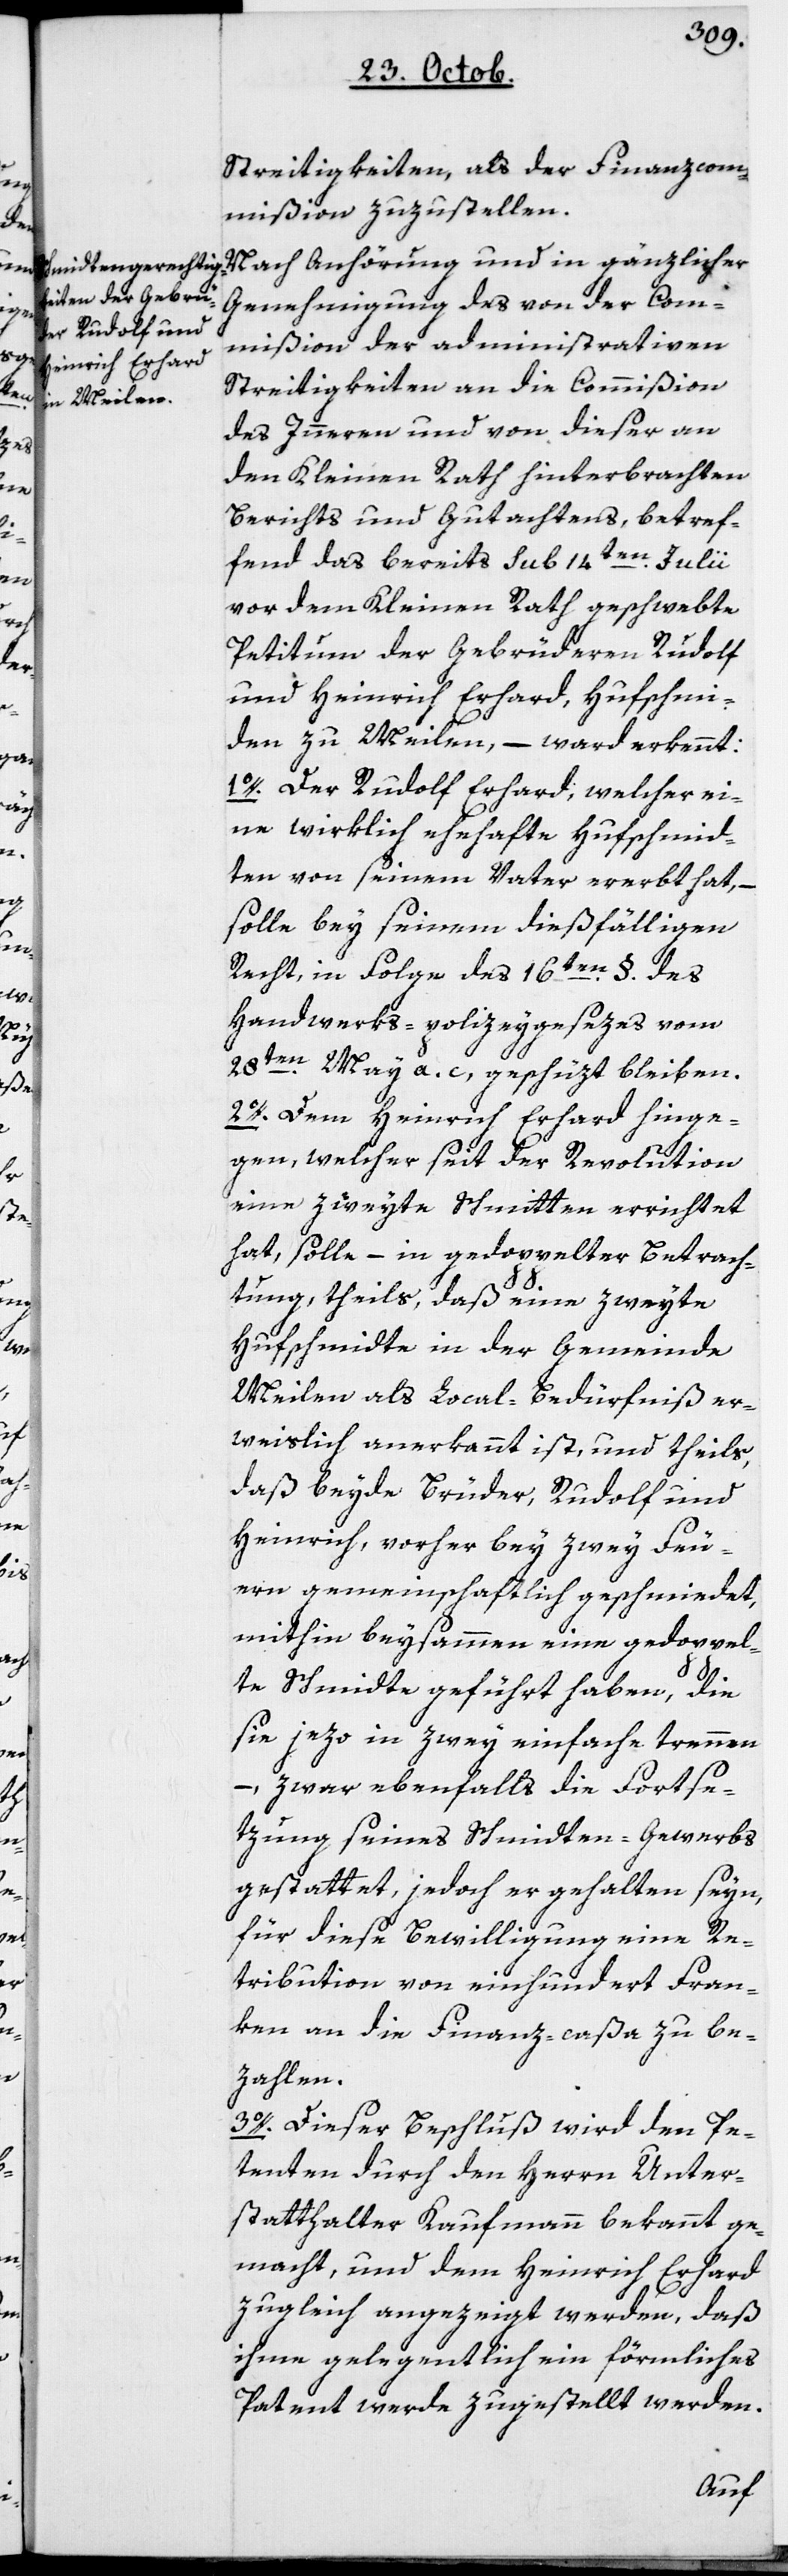
Streitigkeiten, als der Finanzcom¬
mißion zuzustellen.
Nach Anhörung und in gänzlicher
Genehmigung des von der Com¬
mißion der administrativen
Streitigkeiten an die Commißion
des Innern und von dieser an
den Kleinen Rath hinterbrachten
Berichts und Gutachtens, betref¬
fend das bereits sub 14ten Julii
vor dem Kleinen Rath geschwebte
Petitum der Gebrüderen Rudolf
und Heinrich Erhard, Hufschmie¬
den zu Meilen, – ward erkennt:
1. Der Rudolf Erhard, welcher ei¬
ne wirklich ehehafte Hufschmid¬
ten von seinem Vater ererbt hat, –
solle bey seinem dießfälligen
Recht, in Folge des 16ten § des
Handwerks-policeygesezes vom
28ten May a. c., geschüzt bleiben.
2. Dem Heinrich Erhard hinge¬
gen, welcher seit der Revolution
eine zweyte Schmidten errichtet
hat, solle – in gedoppelter Betrach¬
tung, theils daß eine zweyte
Hufschmidte in der Gemeinde
Meilen als Local-Bedürfnis er¬
weislich anerkannt ist, und theils,
daß beyde Brüder, Rudolf und
Heinrich, vorher bey zwey Feu¬
ern gemeinschaftlich geschmiedet,
mithin beysammen eine gedoppel¬
te Schmidte geführt haben, die
sie jezo in zwey einfache trennen,
– zwar ebenfalls die Fortse¬
zung seines Schmidten-Gewerbs
gestattet, jedoch er gehalten seyn,
für diese Bewilligung eine Re¬
tribution von einhundert Fran¬
ken an die Finanz-caßa zu be¬
zahlen.
3. Dieser Beschluß wird den Pe¬
tenten durch den Herrn Unter¬
statthalter Kaufmann bekannt ge¬
macht, und dem Heinrich Erhard
zugleich angezeigt werden, daß
ihme gelegentlich ein förmliches
Patent werde zugestellt werden.